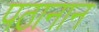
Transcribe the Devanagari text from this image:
पठानान